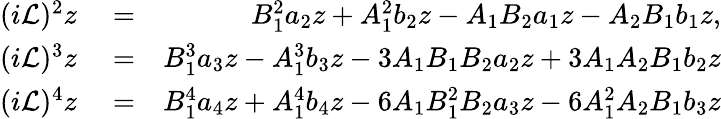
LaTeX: \begin{array}{rlr}{(i\mathcal{L})^{2}z}&{{}=}&{B_{1}^{2}a_{2}z+A_{1}^{2}b_{2}z-A_{1}B_{2}a_{1}z-A_{2}B_{1}b_{1}z,}\\ {(i\mathcal{L})^{3}z}&{{}=}&{B_{1}^{3}a_{3}z-A_{1}^{3}b_{3}z-3A_{1}B_{1}B_{2}a_{2}z+3A_{1}A_{2}B_{1}b_{2}z}\\ {(i\mathcal{L})^{4}z}&{{}=}&{B_{1}^{4}a_{4}z+A_{1}^{4}b_{4}z-6A_{1}B_{1}^{2}B_{2}a_{3}z-6A_{1}^{2}A_{2}B_{1}b_{3}z}\end{array}